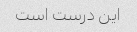
این درست است